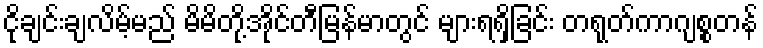
ငိုချင်းချလိမ့်မည် မိမိတို့အိုင်တီမြန်မာတွင် များရရှိခြင်း တရုတ်ကာဂျစ္စတန်